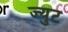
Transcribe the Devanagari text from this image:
ज्युट